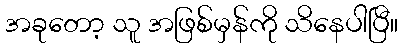
အခုတော့ သူ အဖြစ်မှန်ကို သိနေပါပြီ။